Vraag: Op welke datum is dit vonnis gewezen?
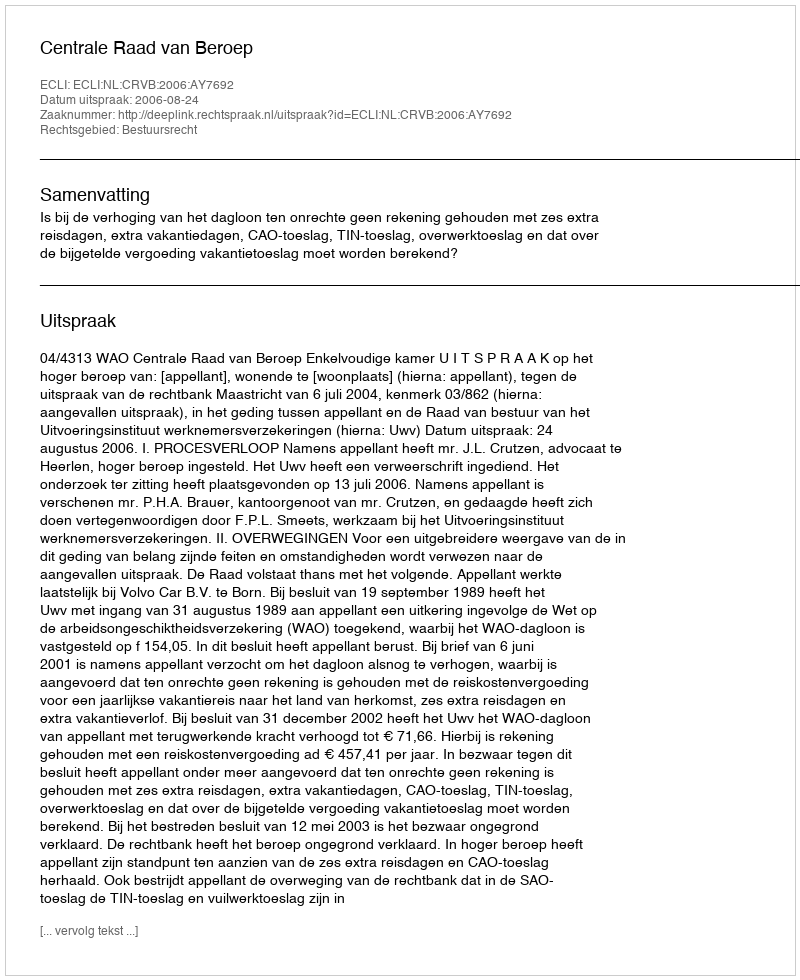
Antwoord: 2006-08-24